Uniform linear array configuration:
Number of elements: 4
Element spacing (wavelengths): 0.5
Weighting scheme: cosine
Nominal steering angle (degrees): -15
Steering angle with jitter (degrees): -13.842
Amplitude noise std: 0.05
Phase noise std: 0.05

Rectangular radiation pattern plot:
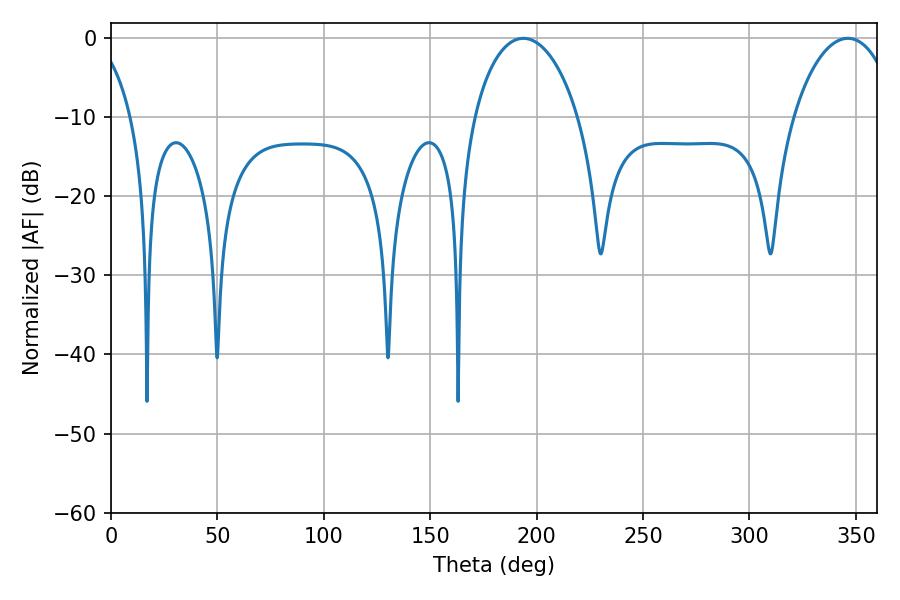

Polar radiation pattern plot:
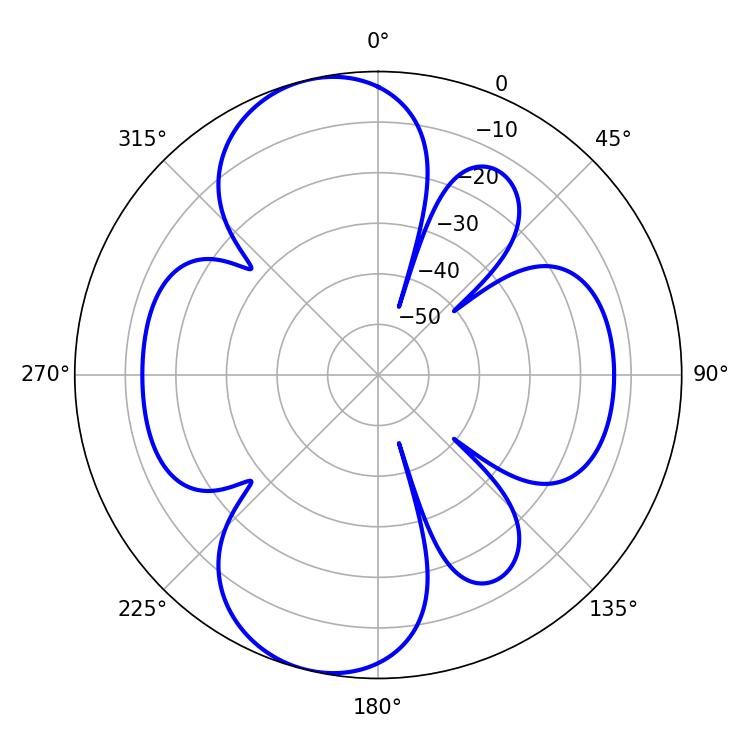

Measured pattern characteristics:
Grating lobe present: FALSE
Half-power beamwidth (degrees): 28.08
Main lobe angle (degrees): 193.68